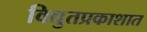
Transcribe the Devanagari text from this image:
विद्युतप्रकाशात